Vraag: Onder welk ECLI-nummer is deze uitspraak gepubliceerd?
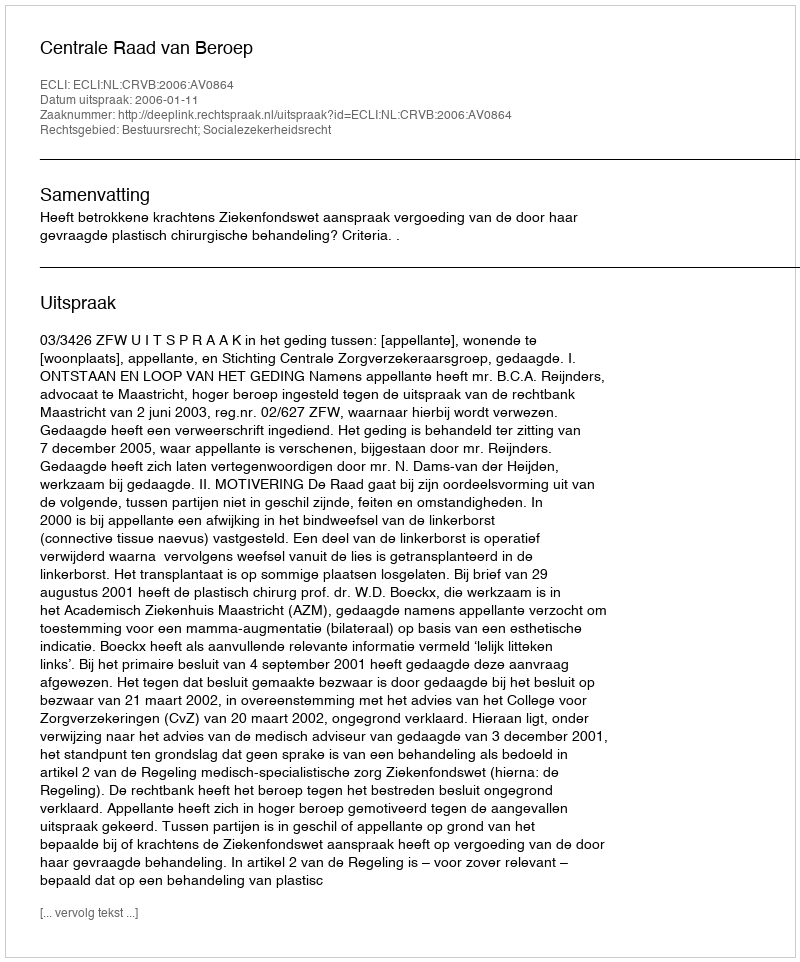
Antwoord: ECLI:NL:CRVB:2006:AV0864